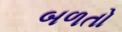
બળતો